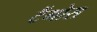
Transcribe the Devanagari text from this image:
टैंगोस